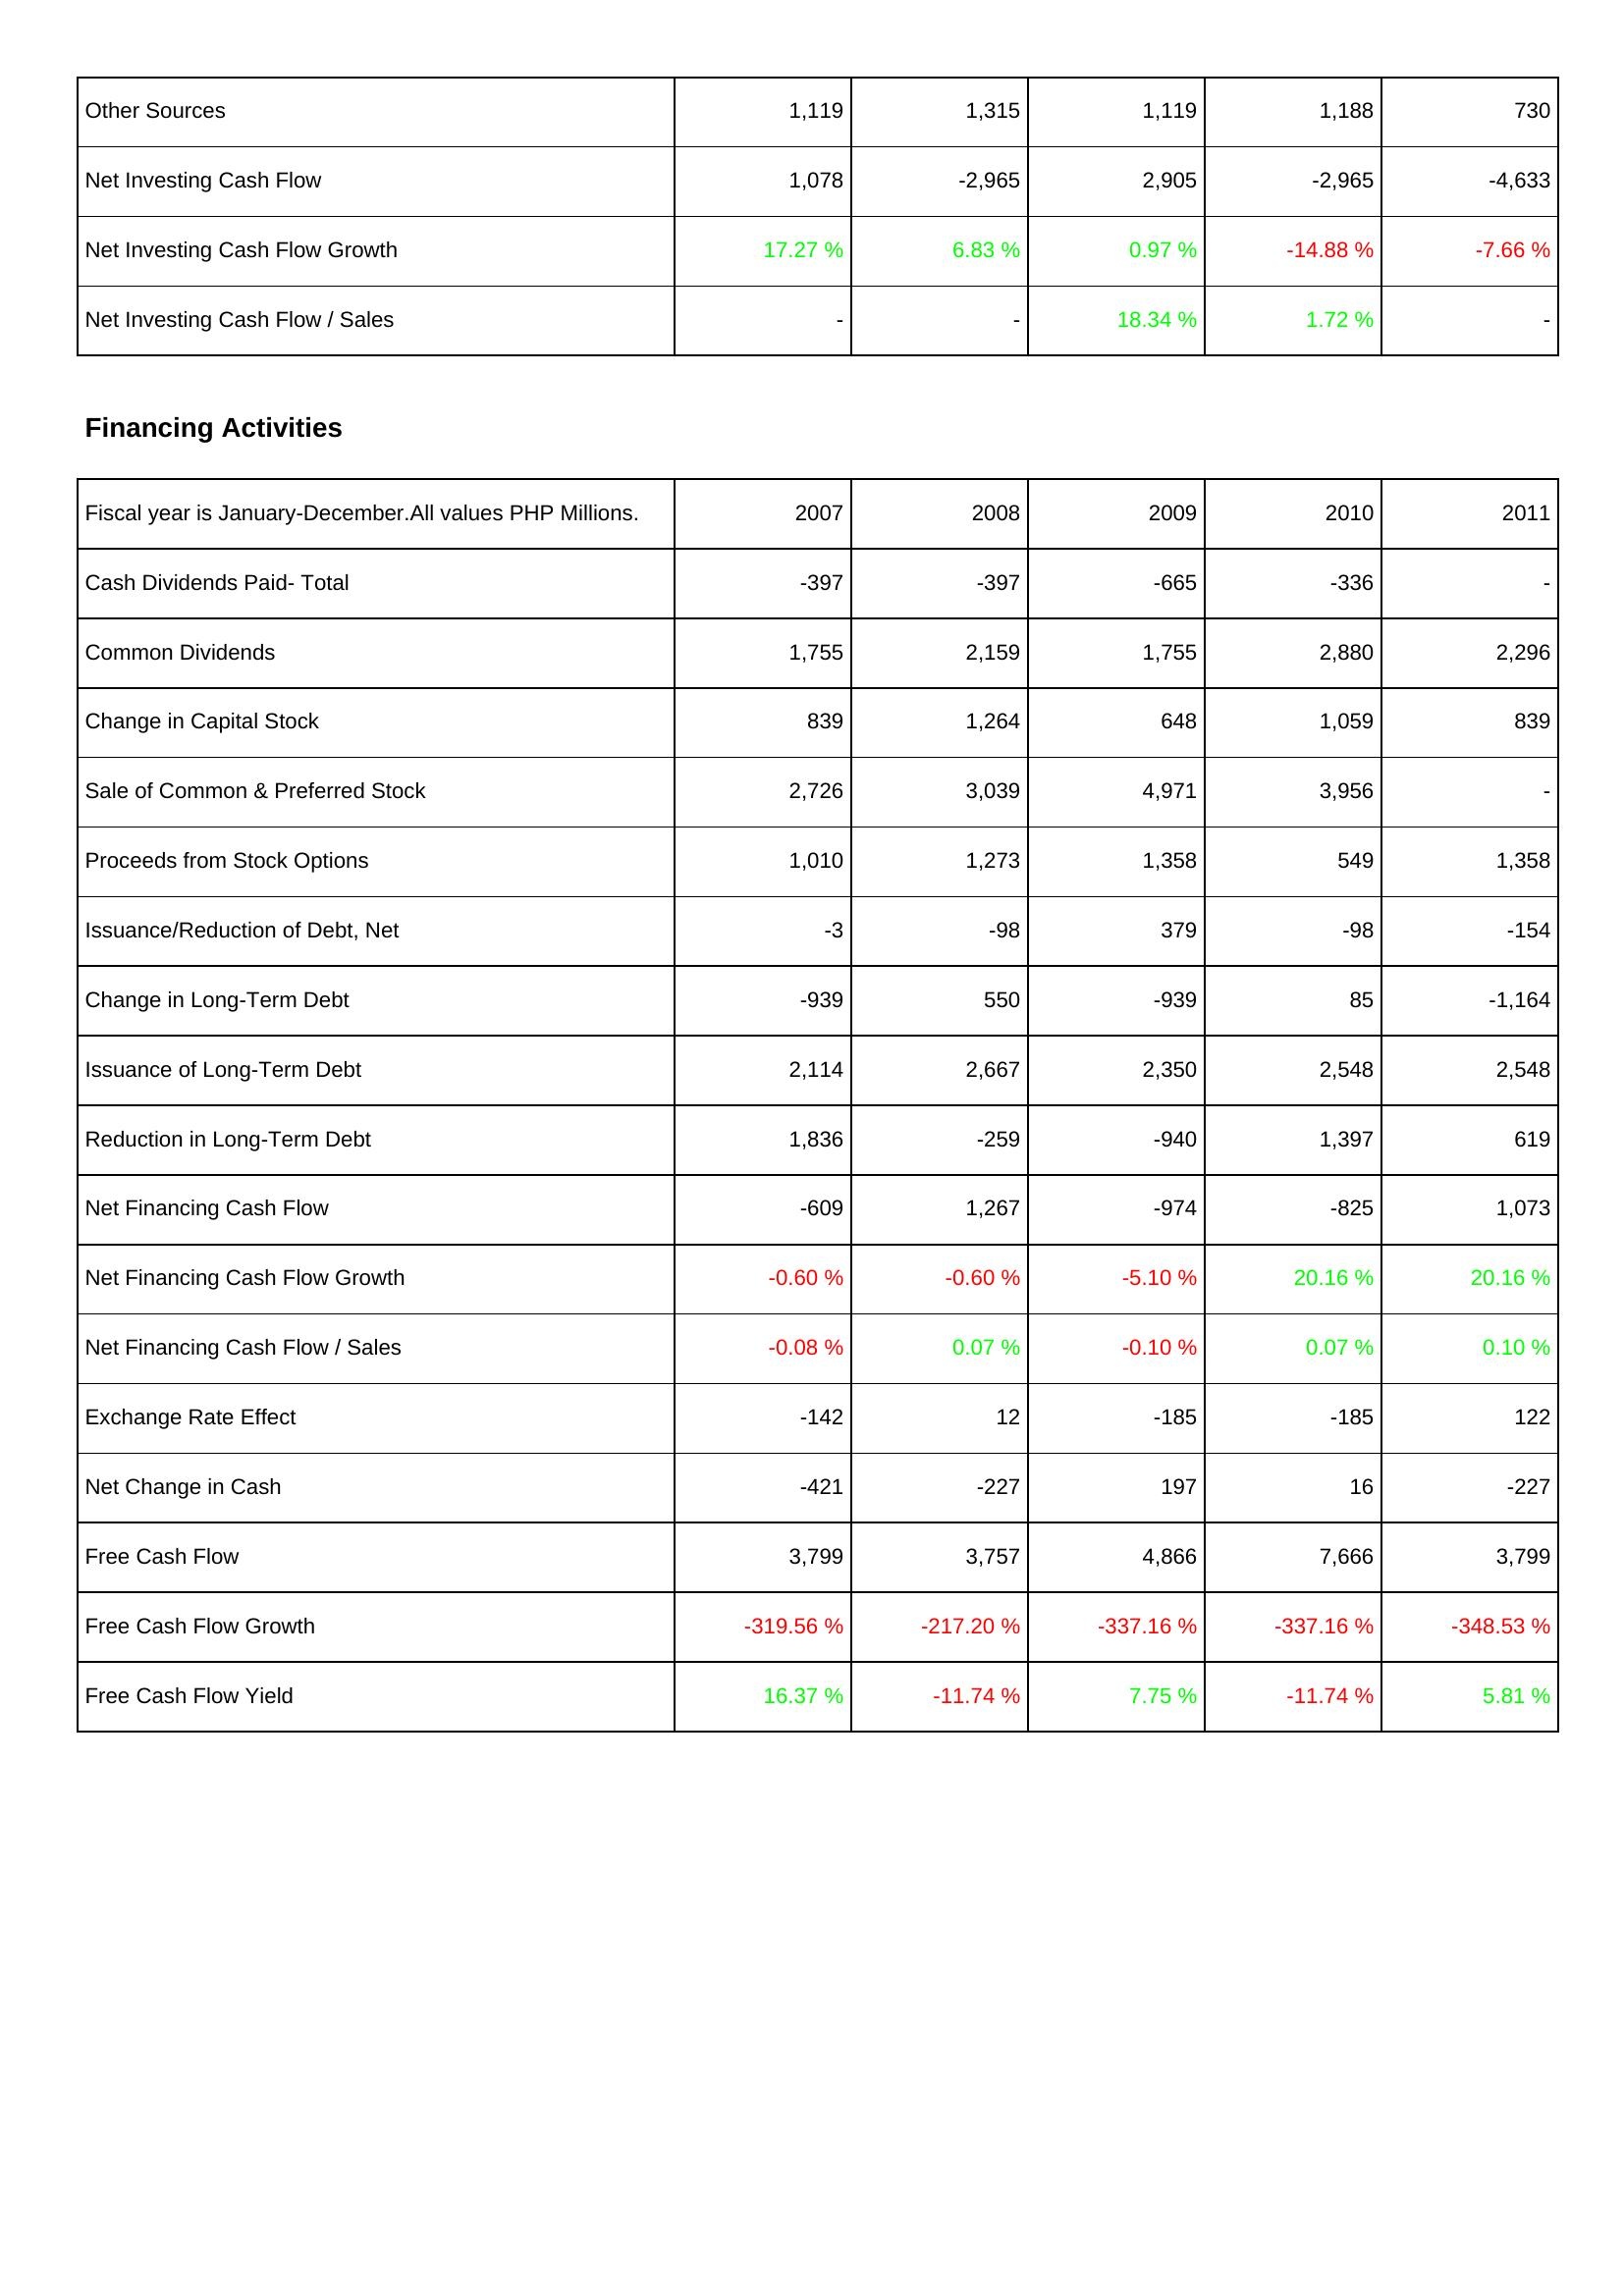
2007: Investing Activities: Other Sources: 1,119
Net Investing Cash Flow: 1,078
Net Investing Cash Flow Growth: 17.27 %
Net Investing Cash Flow / Sales: -
Financing Activities: Cash Dividends Paid- Total: -397
Common Dividends: 1,755
Change in Capital Stock: 839
Sale of Common & Preferred Stock: 2,726
Proceeds from Stock Options: 1,010
Issuance/Reduction of Debt, Net: -3
Change in Long-Term Debt: -939
Issuance of Long-Term Debt: 2,114
Reduction in Long-Term Debt: 1,836
Net Financing Cash Flow: -609
Net Financing Cash Flow Growth: -0.60 %
Net Financing Cash Flow / Sales: -0.08 %
Exchange Rate Effect: -142
Net Change in Cash: -421
Free Cash Flow: 3,799
Free Cash Flow Growth: -319.56 %
Free Cash Flow Yield: 16.37 %
2008: Investing Activities: Other Sources: 1,315
Net Investing Cash Flow: -2,965
Net Investing Cash Flow Growth: 6.83 %
Net Investing Cash Flow / Sales: -
Financing Activities: Cash Dividends Paid- Total: -397
Common Dividends: 2,159
Change in Capital Stock: 1,264
Sale of Common & Preferred Stock: 3,039
Proceeds from Stock Options: 1,273
Issuance/Reduction of Debt, Net: -98
Change in Long-Term Debt: 550
Issuance of Long-Term Debt: 2,667
Reduction in Long-Term Debt: -259
Net Financing Cash Flow: 1,267
Net Financing Cash Flow Growth: -0.60 %
Net Financing Cash Flow / Sales: 0.07 %
Exchange Rate Effect: 12
Net Change in Cash: -227
Free Cash Flow: 3,757
Free Cash Flow Growth: -217.20 %
Free Cash Flow Yield: -11.74 %
2009: Investing Activities: Other Sources: 1,119
Net Investing Cash Flow: 2,905
Net Investing Cash Flow Growth: 0.97 %
Net Investing Cash Flow / Sales: 18.34 %
Financing Activities: Cash Dividends Paid- Total: -665
Common Dividends: 1,755
Change in Capital Stock: 648
Sale of Common & Preferred Stock: 4,971
Proceeds from Stock Options: 1,358
Issuance/Reduction of Debt, Net: 379
Change in Long-Term Debt: -939
Issuance of Long-Term Debt: 2,350
Reduction in Long-Term Debt: -940
Net Financing Cash Flow: -974
Net Financing Cash Flow Growth: -5.10 %
Net Financing Cash Flow / Sales: -0.10 %
Exchange Rate Effect: -185
Net Change in Cash: 197
Free Cash Flow: 4,866
Free Cash Flow Growth: -337.16 %
Free Cash Flow Yield: 7.75 %
2010: Investing Activities: Other Sources: 1,188
Net Investing Cash Flow: -2,965
Net Investing Cash Flow Growth: -14.88 %
Net Investing Cash Flow / Sales: 1.72 %
Financing Activities: Cash Dividends Paid- Total: -336
Common Dividends: 2,880
Change in Capital Stock: 1,059
Sale of Common & Preferred Stock: 3,956
Proceeds from Stock Options: 549
Issuance/Reduction of Debt, Net: -98
Change in Long-Term Debt: 85
Issuance of Long-Term Debt: 2,548
Reduction in Long-Term Debt: 1,397
Net Financing Cash Flow: -825
Net Financing Cash Flow Growth: 20.16 %
Net Financing Cash Flow / Sales: 0.07 %
Exchange Rate Effect: -185
Net Change in Cash: 16
Free Cash Flow: 7,666
Free Cash Flow Growth: -337.16 %
Free Cash Flow Yield: -11.74 %
2011: Investing Activities: Other Sources: 730
Net Investing Cash Flow: -4,633
Net Investing Cash Flow Growth: -7.66 %
Net Investing Cash Flow / Sales: -
Financing Activities: Cash Dividends Paid- Total: -
Common Dividends: 2,296
Change in Capital Stock: 839
Sale of Common & Preferred Stock: -
Proceeds from Stock Options: 1,358
Issuance/Reduction of Debt, Net: -154
Change in Long-Term Debt: -1,164
Issuance of Long-Term Debt: 2,548
Reduction in Long-Term Debt: 619
Net Financing Cash Flow: 1,073
Net Financing Cash Flow Growth: 20.16 %
Net Financing Cash Flow / Sales: 0.10 %
Exchange Rate Effect: 122
Net Change in Cash: -227
Free Cash Flow: 3,799
Free Cash Flow Growth: -348.53 %
Free Cash Flow Yield: 5.81 %